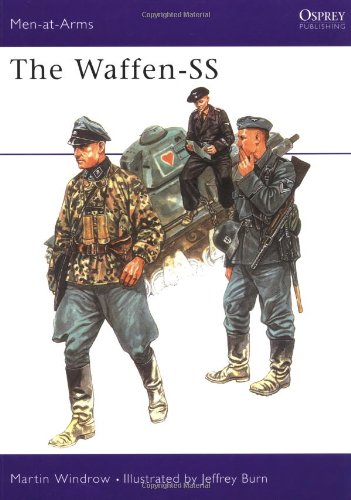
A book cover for The Waffen-SS (Men at Arms Series, 34); Martin Windrow; History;